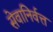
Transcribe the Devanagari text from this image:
सेवानिर्वत्त